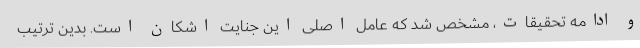
و ادامه تحقیقات، مشخص شد که عامل اصلی این جنایت اشکان است. بدین ترتیب